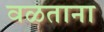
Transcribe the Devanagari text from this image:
वळताना